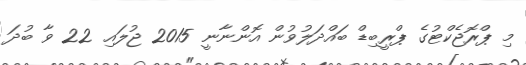
މި ޕްރޮޖެކްޓުގެ ޕްރީބިޑް ބައްދަލުވުން އޮންނާނީ 2015 ޖުލައި 22 ވާ ބުދަ